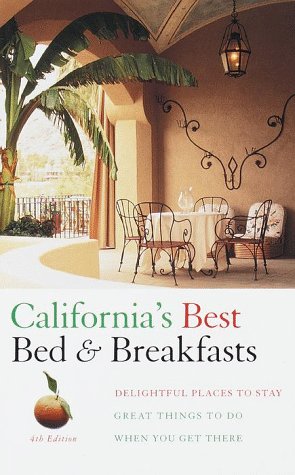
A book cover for California's Best Bed & Breakfasts, 4th Edition: Delightful Places to Stay, and Great Things to Do When You Get There (Fodor's Best Bed & Breakfasts); Fodor's; Travel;